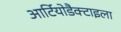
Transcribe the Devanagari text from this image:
आर्टियोडैक्टाइला